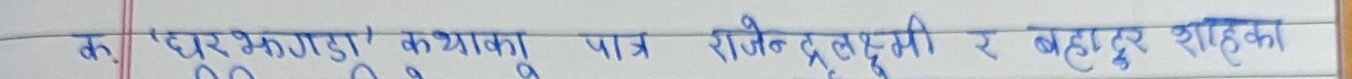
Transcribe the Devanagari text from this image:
क 'घर झगडा' कथाका पात्र राजेन, दूलक्ष्मी र बहादुर शाहका